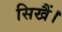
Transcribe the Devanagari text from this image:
सिखैं।